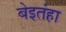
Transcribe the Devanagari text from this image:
बेइतंहा